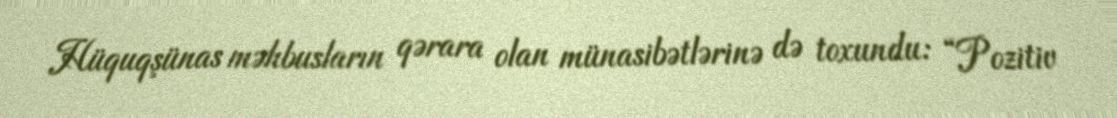
Hüquqşünas məhbusların qərara olan münasibətlərinə də toxundu: “Pozitiv